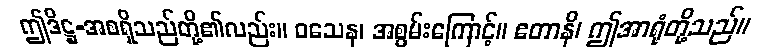
ဤဒိဋ္ဌ-အစရှိသည်တို့၏လည်း။ ဝသေန၊ အစွမ်းကြောင့်။ ဧတာနိ၊ ဤအာရုံတို့သည်။